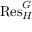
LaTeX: { \mathrm { R e s } } _ { H } ^ { G }